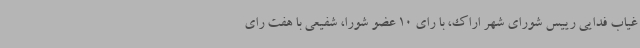
غیاب فدایی رییس شورای شهر اراک، با رای 10 عضو شورا، شفیعی با هفت رای